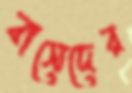
বাসেদের